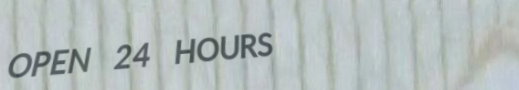
OPEN 24 HOURS